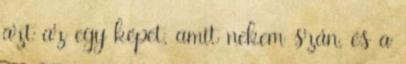
azt az egy képet, amit nekem szán, és a